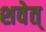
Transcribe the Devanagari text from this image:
शवेत्